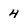
Character: 4